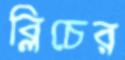
ব্লিচের